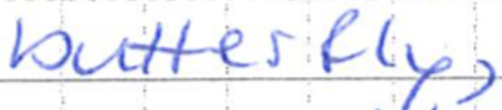
Text: butterfly,
Cross-out: clean
Writing tool: ballpoint